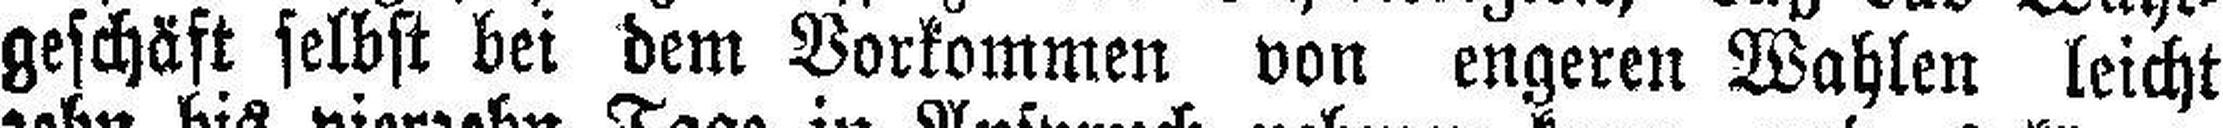
geschäft selbst bei dem Vorkommen von engeren Wahlen leicht